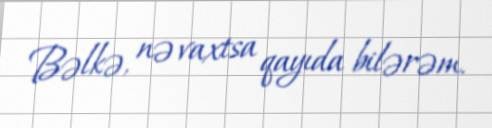
Bəlkə, nə vaxtsa qayıda bilərəm.